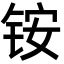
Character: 铵